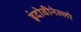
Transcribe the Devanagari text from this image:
इंदोवीनेल्लो